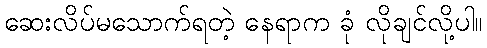
ဆေးလိပ်မသောက်ရတဲ့ နေရာက ခုံ လိုချင်လို့ပါ။